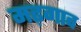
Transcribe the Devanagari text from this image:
मढ़गाव